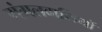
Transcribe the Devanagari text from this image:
मंगलवासियों